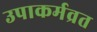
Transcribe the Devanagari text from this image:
उपाकर्मव्रत